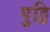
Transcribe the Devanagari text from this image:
पुट्ठि